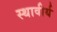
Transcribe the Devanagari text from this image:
स्थावीर्य